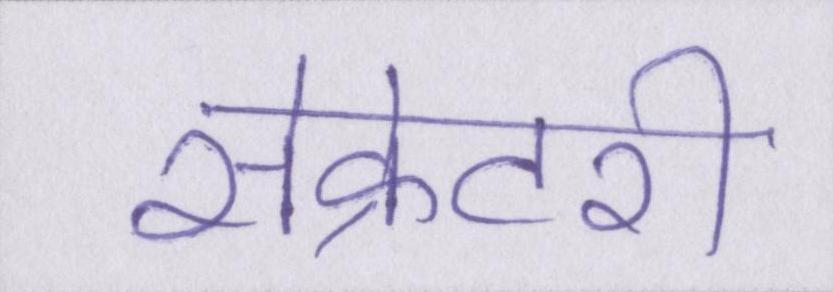
सेक्रेटरी